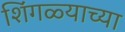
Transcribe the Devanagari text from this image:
शिंगळ्याच्या